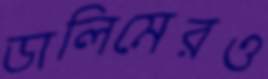
ডালিমেরও